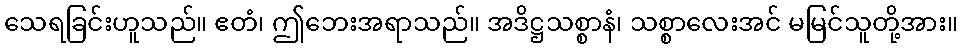
သေရခြင်းဟူသည်။ ဧတံ၊ ဤဘေးအရာသည်။ အဒိဋ္ဌသစ္စာနံ၊ သစ္စာလေးအင် မမြင်သူတို့အား။